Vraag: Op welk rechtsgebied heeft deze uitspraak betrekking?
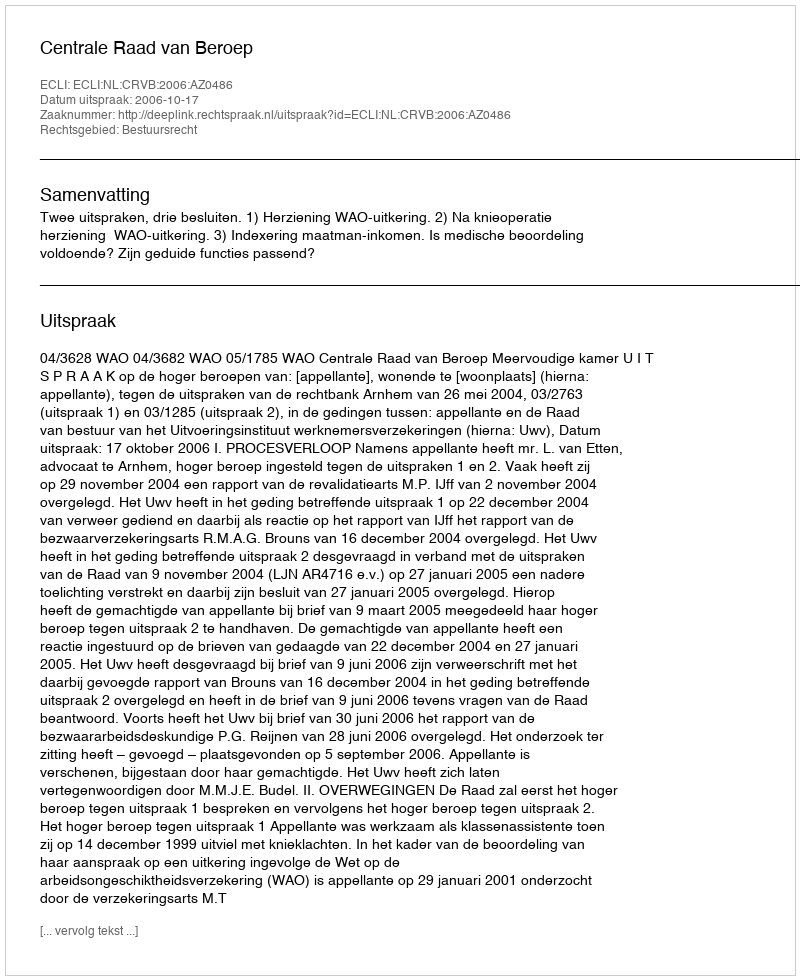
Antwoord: Bestuursrecht